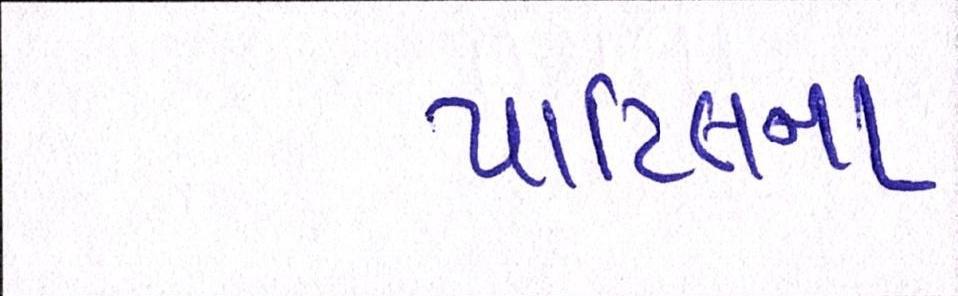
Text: પાટિલના